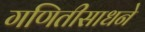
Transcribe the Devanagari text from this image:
गणितीसाधने